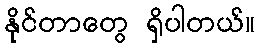
နိုင်တာတွေ ရှိပါတယ်။